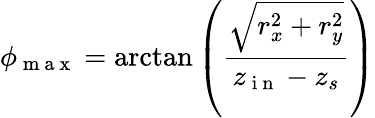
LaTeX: \phi_{\mathrm{~m~a~x~}}=\arctan\left(\frac{\sqrt{r_{x}^{2}+r_{y}^{2}}}{z_{\mathrm{~i~n~}}-z_{s}}\right)